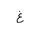
Letter: _gayn